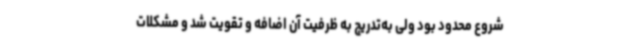
شروع محدود بود ولی به‌تدریج به ظرفیت آن اضافه و تقویت شد و مشکلات